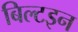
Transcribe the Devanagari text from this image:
बिल्टइन